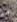
ما